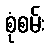
စုံစမ်း